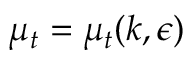
\mu _ { t } = \mu _ { t } ( k , \epsilon )